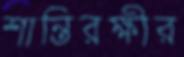
শান্তিরক্ষীর